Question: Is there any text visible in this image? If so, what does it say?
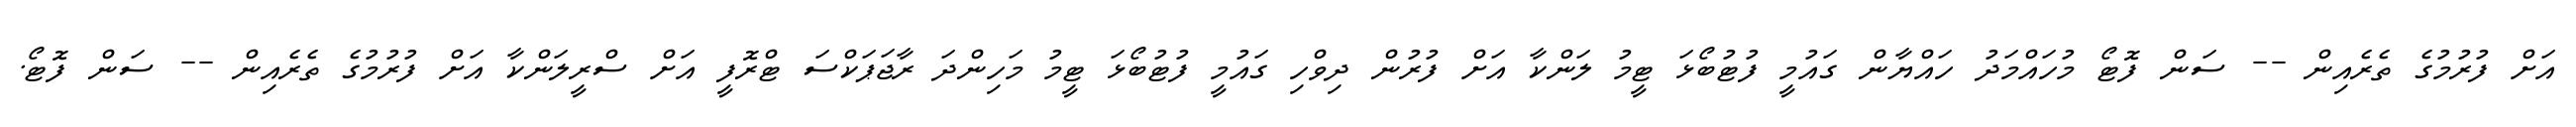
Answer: އަށް ފުރުމުގެ ތެރެއިން -- ސަން ފޮޓޯ މުހައްމަދު ހައްޔާން ގައުމީ ފުޓުބޯޅަ ޓީމު ލަންކާ އަށް ފުރުން ދިވްހި ގައުމީ ފުޓުބޯޅަ ޓީމު މަހިންދަ ރާޖަޕަކްސަ ޓްރޮފީ އަށް ސްރީލަންކާ އަށް ފުރުމުގެ ތެރެއިން -- ސަން ފޮޓޯ.